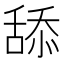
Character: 舔